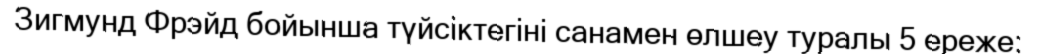
Зигмунд Фрэйд бойынша түйсіктегіні санамен өлшеу туралы 5 ереже: